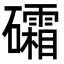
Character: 礵